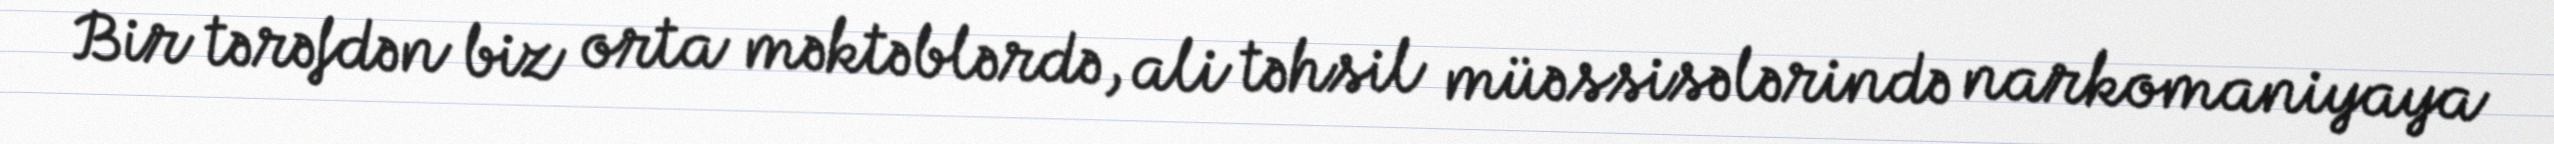
Bir tərəfdən biz orta məktəblərdə, ali təhsil müəssisələrində narkomaniyaya